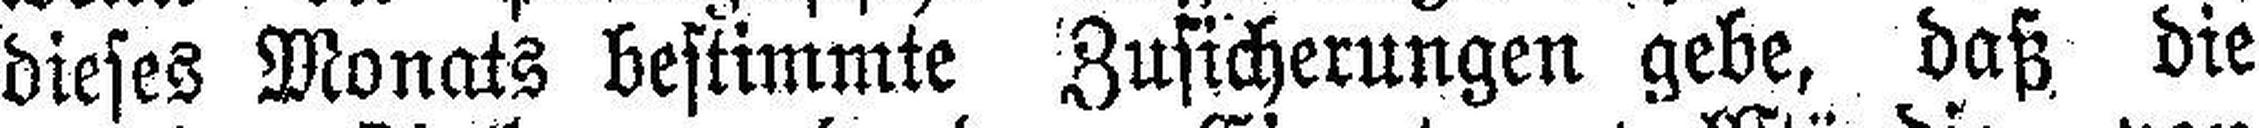
dieses Monats bestimmte Zusicherungen gebe, daß die